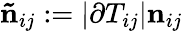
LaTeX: \mathbf{\tilde{n}}_{ij}:=\left|\partial T_{ij}\right|\mathbf{n}_{ij}